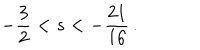
- \frac { 3 } { 2 } < s < - \frac { 2 1 } { 1 6 } \, .